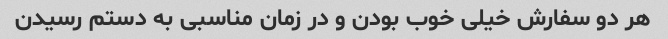
هر دو سفارش خیلی خوب بودن و در زمان مناسبی به دستم رسیدن